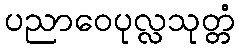
ပညာဝေပုလ္လသုတ္တံ